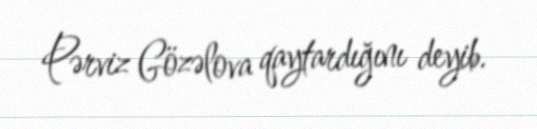
Pərviz Gözəlova qaytardığını deyib.